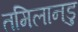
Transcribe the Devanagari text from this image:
तमिलानडु